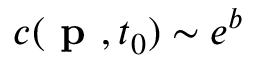
c ( \textbf { p } , t _ { 0 } ) \sim e ^ { b }